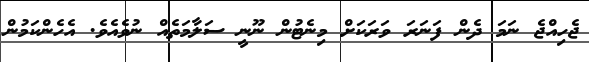
ޖެހިއްޖެ ނަމަ ދެން ފަނަރަ ވަރަކަށް މިނެޓުން ނޫނީ ސަލާމަތެއް ނުވެއެވެ. އެހެންކަމުން